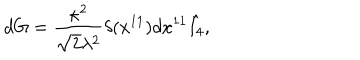
LaTeX: d G = { \frac { \kappa ^ { 2 } } { \sqrt { 2 } \lambda ^ { 2 } } } \delta ( x ^ { 1 1 } ) d x ^ { 1 1 } \hat { I _ { 4 } } ,